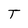
Character: T